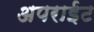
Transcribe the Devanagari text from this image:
अपराईट